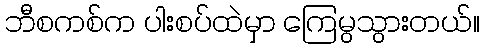
ဘီစကစ်က ပါးစပ်ထဲမှာ ကြေမွသွားတယ်။